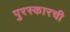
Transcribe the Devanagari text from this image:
पुरस्कारची